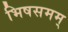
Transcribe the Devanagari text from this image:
भिषसमम्